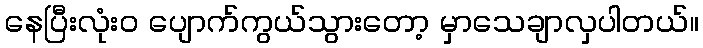
နေပြီးလုံးဝ ပျောက်ကွယ်သွားတော့ မှာသေချာလှပါတယ်။